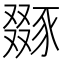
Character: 𧱝